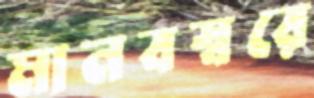
মানবস্বরে